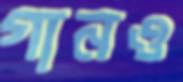
গানও